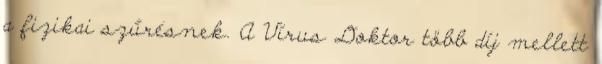
a fizikai szűrésnek. A Vírus Doktor több díj mellett